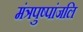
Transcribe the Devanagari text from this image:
मंत्रपुष्पांजलि